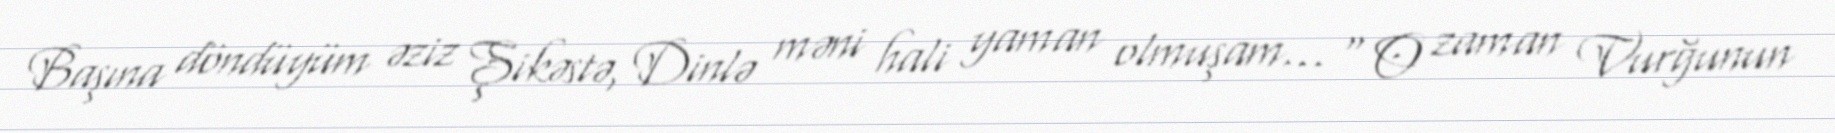
Başına döndüyüm əziz Şikəstə, Dinlə məni hali yaman olmuşam… " O zaman Vurğunun